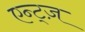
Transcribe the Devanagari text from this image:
एन्ट्ज़